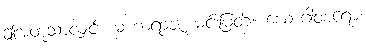
ဤအတူသာလျှင်။ မဟာရာဇ၊ မင်းမြတ်။ ယောဂါဝစရော၊